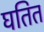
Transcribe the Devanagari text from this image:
घतित